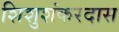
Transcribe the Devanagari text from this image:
शिशुशंकरदास